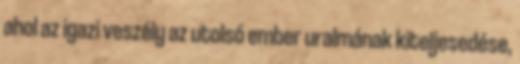
ahol az igazi veszély az utolsó ember uralmának kiteljesedése,